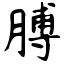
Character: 膊